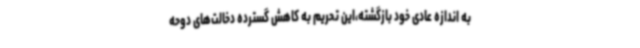
به اندازه عادی خود بازگشته،این تحریم به کاهش گسترده دخالت‌های دوحه